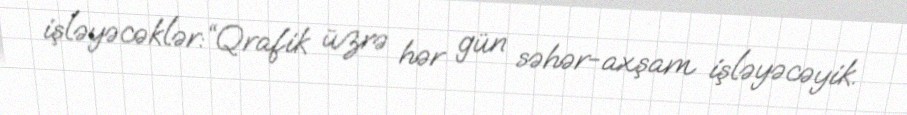
işləyəcəklər:“Qrafik üzrə hər gün səhər-axşam işləyəcəyik.